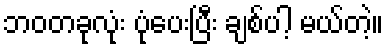
ဘဝတခုလုံး ပုံပေးပြီး ချစ်ပါ့ မယ်တဲ့။